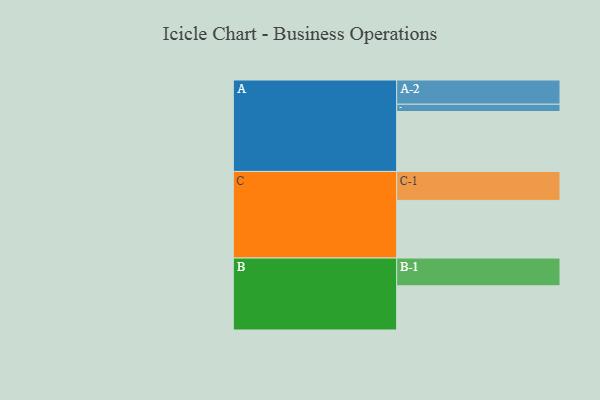
{"axis": {"x": "Segment", "y": "Value"}, "legend": ["", "A", "B", "C"], "data": [{"x": "A", "y": 584, "type": ""}, {"x": "B", "y": 431, "type": ""}, {"x": "C", "y": 562, "type": ""}, {"x": "A-1", "y": 71, "type": "A"}, {"x": "A-2", "y": 236, "type": "A"}, {"x": "B-1", "y": 270, "type": "B"}, {"x": "C-1", "y": 282, "type": "C"}]}